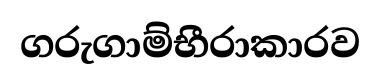
ගරුගාම්භීරාකාරව